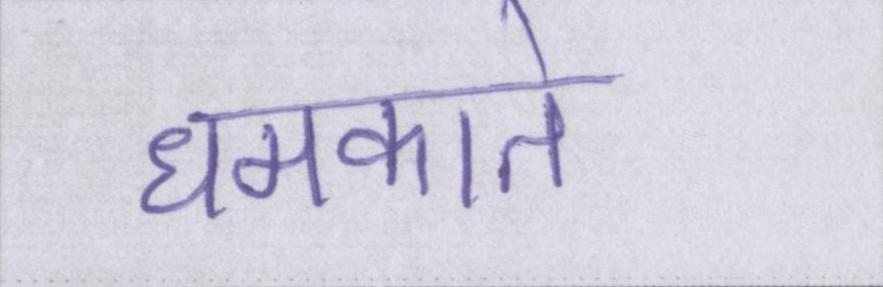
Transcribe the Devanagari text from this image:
धमकाते